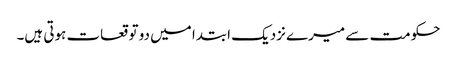
حکومت سے میرے نزدیک ابتدا میں دو توقعات ہوتی ہیں۔